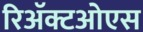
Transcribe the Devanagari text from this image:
रिअॅक्टओएस